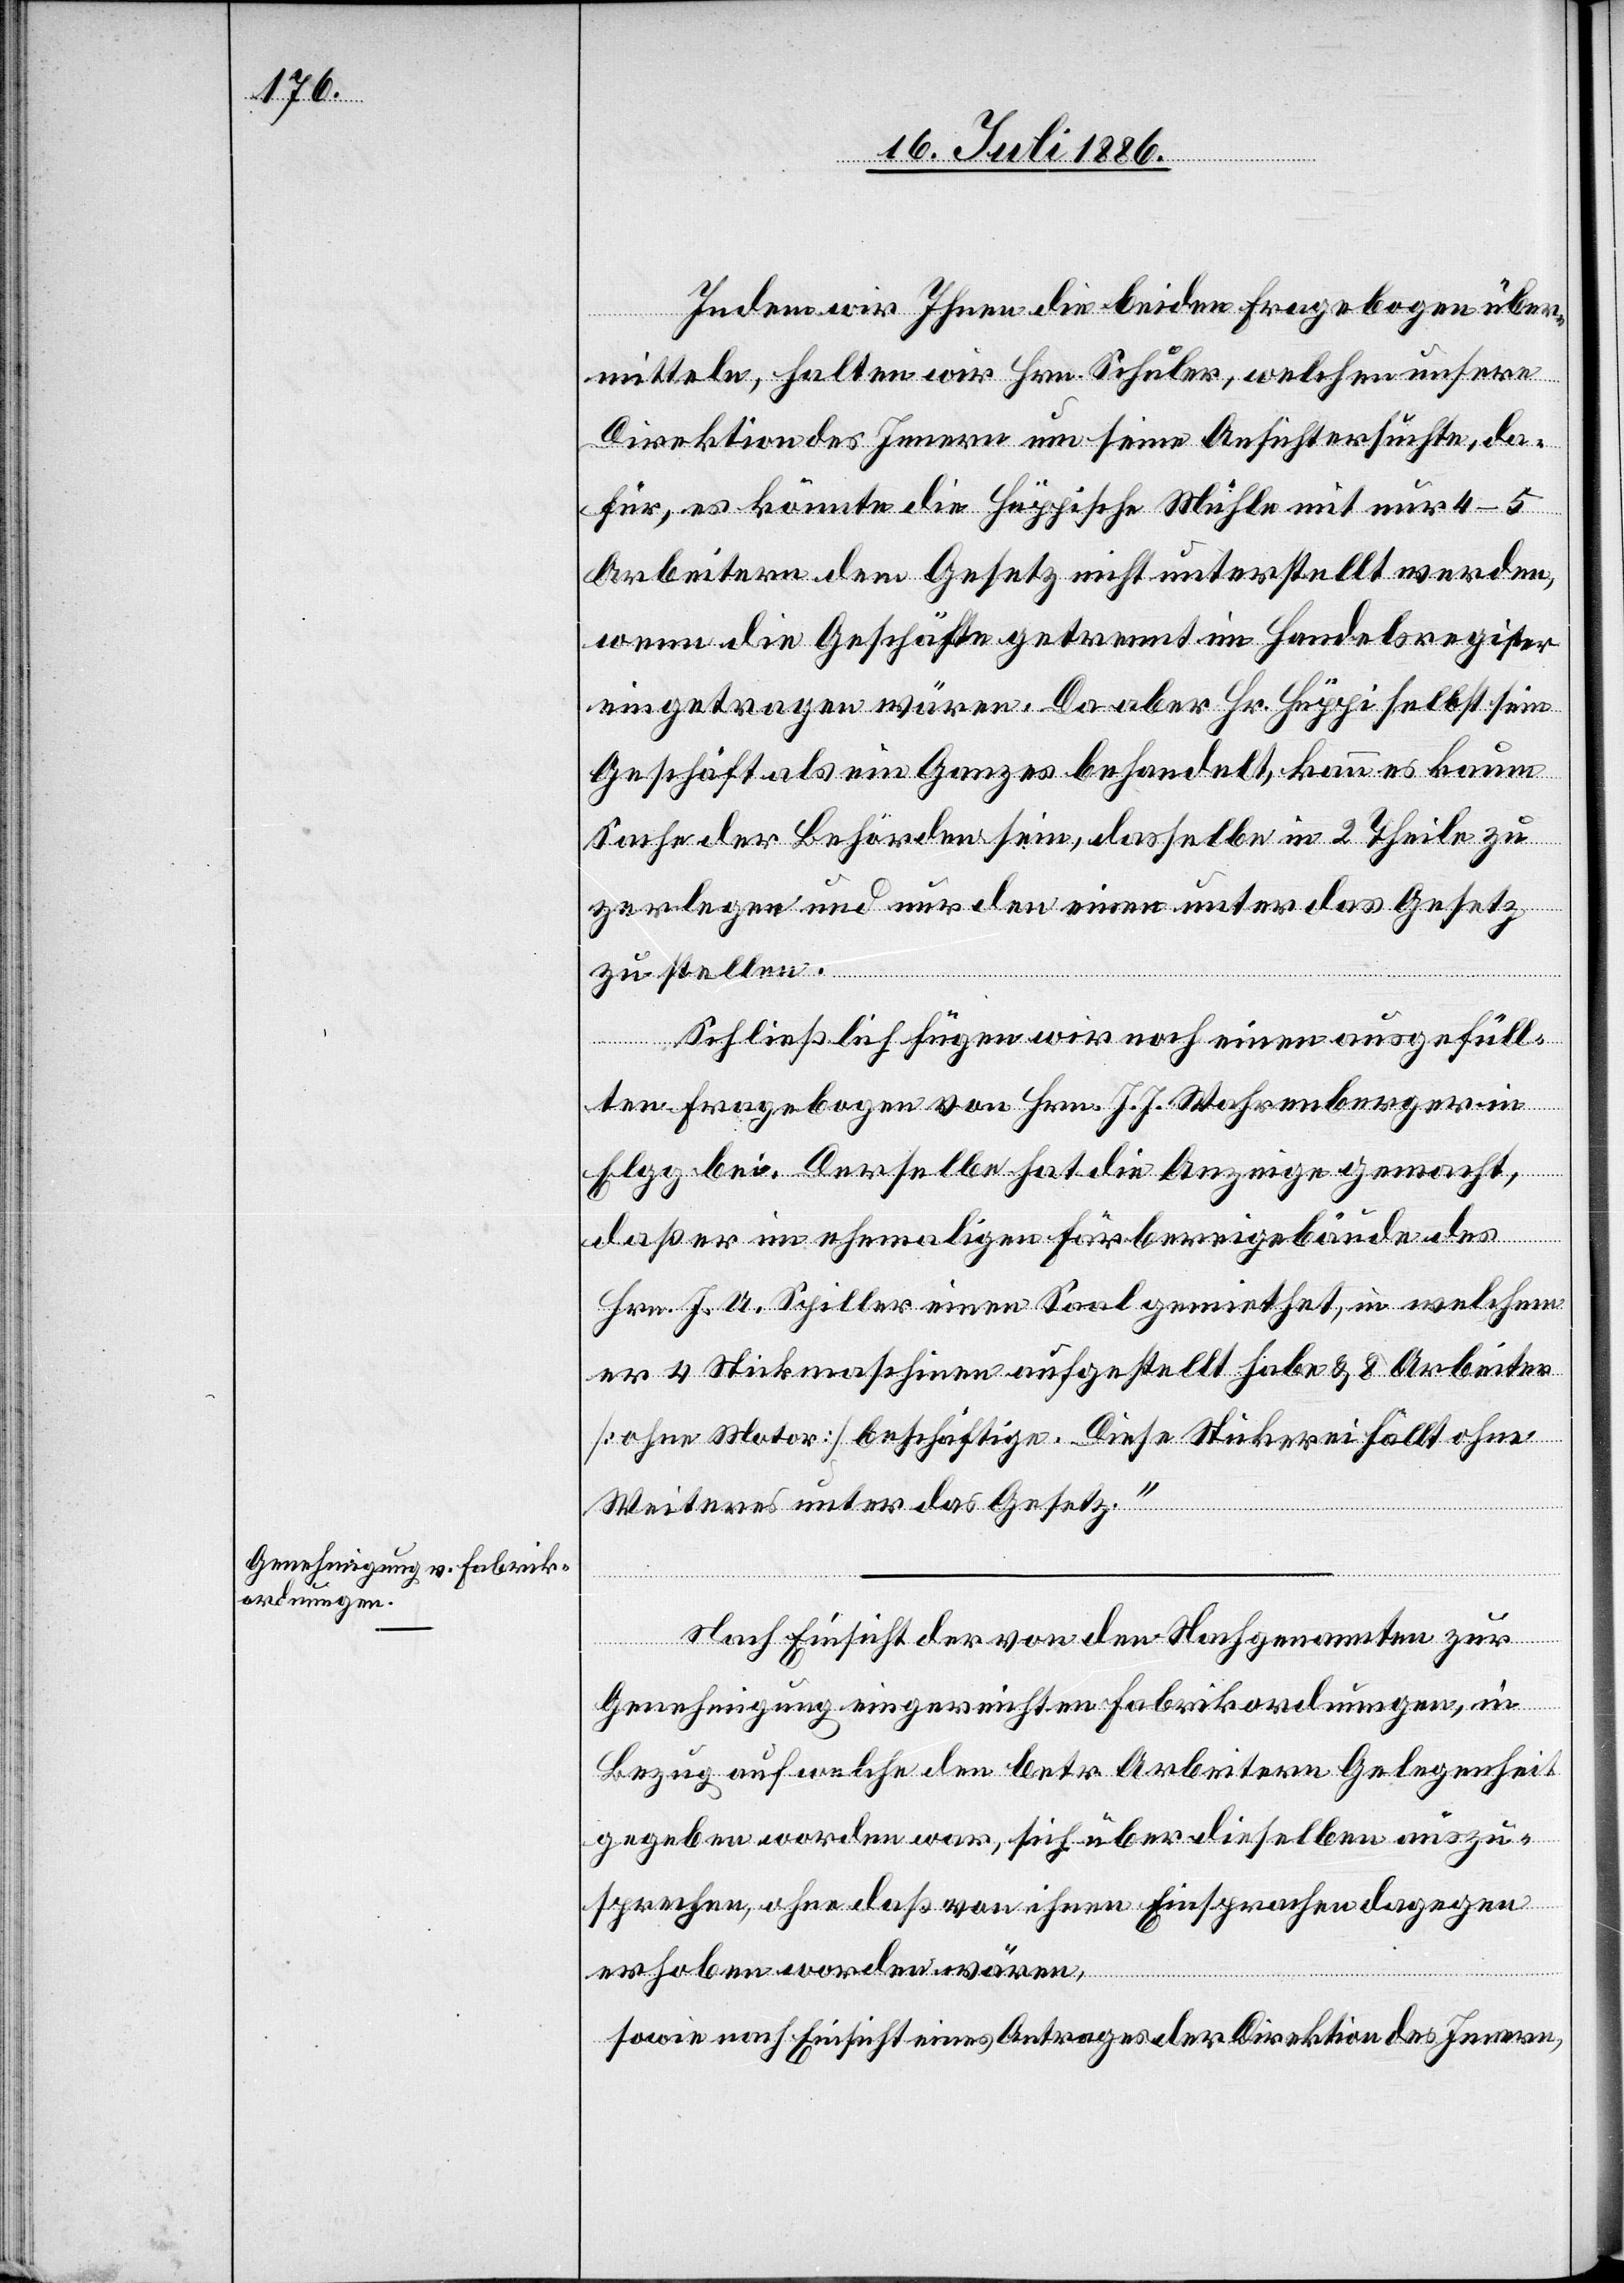
Indem wir Ihnen die beiden Fragebogen über¬
mitteln, halten wir [mit] Hrn. Schuler, welchen unsere
Direktion des Innern um seine Ansicht ersuchte, da¬
für, es könnte die Hüppische Mühle mit nur 4–5
Arbeitern dem Gesetz nicht unterstellt werden,
wenn die Geschäfte getrennt im Handelsregister
eingetragen wären. Da aber Hr. Hüppi selbst sein
Geschäft als ein Ganzes behandelt, kann es kaum
Sache der Behörden sein, dasselbe in 2 Theile zu
zerlegen und nur den einen unter das Gesetz
zu stellen.
Schließlich fügen wir noch einen ausgefüll¬
ten Fragebogen von Hrn. J. J. Wahrenberger in
Elgg bei. Derselbe hat die Anzeige gemacht,
daß er im ehemaligen Färbereigebäude des
Hrn. J. A. Spiller einen Saal gemiethet, in welchem
er 4 Stickmaschinen aufgestellt habe & 8 Arbeiter
[ohne Motor] beschäftige. Diese Stickerei fällt ohne
Weiteres unter das Gesetz.“
Nach Einsicht der von den Nachgenannten zur
Genehmigung eingereichten Fabrikordnungen, in
Bezug auf welche den betr. Arbeitern Gelegenheit
gegeben worden war, sich über dieselben auszu¬
sprechen, ohne daß von ihnen Einsprachen dagegen
erhoben worden wären,
sowie nach Einsicht eines Antrages der Direktion des Innern,